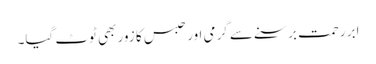
ابر رحمت برسنے سے گرمی اور حبس کا زور بھی ٹوٹ گیا۔